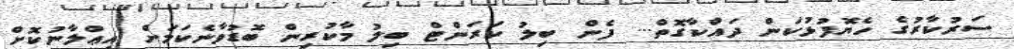
ސަރުކާރުގެ ހެޔޮފުޅުކަން ދައްކާގޮތް... ފެން ބިލު ކަރަންޓް ބިލު މާކުރިން ބޮޑުވާނެކަމަށް އިޢްލާނުކޮށް